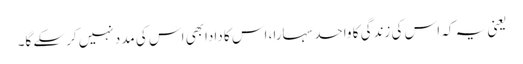
یعنی یہ کہ اس کی زندگی کا واحد سہارا، اس کا دادابھی اس کی مدد نہیں کرسکے گا۔